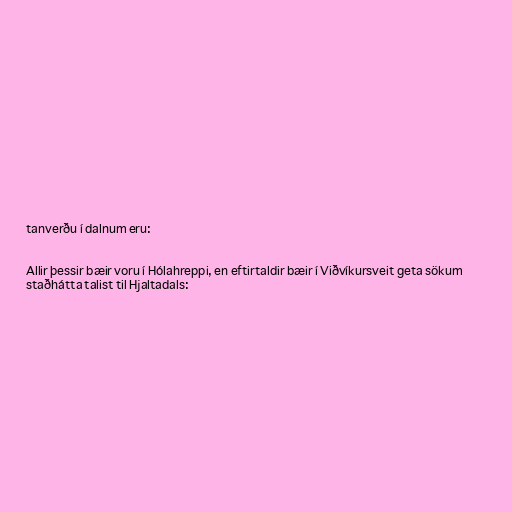
tanverðu í dalnum eru:

Allir þessir bæir voru í Hólahreppi, en eftirtaldir bæir í Viðvíkursveit geta sökum
staðhátta talist til Hjaltadals: